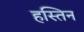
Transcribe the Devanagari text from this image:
हस्तिन